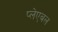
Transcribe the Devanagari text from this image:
प्लेएबल